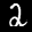
Label: 2